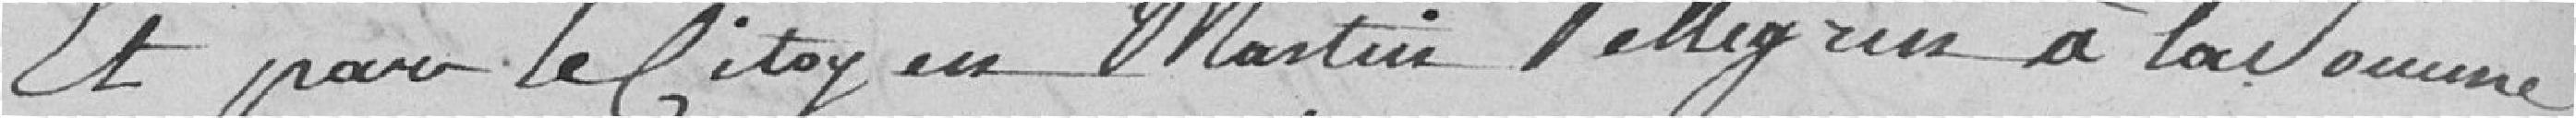
Et par le Citoyen Martin Pellegrin à la somme